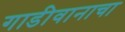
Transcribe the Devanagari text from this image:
गाडीवानाचा